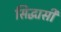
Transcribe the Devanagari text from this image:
सिद्धासी